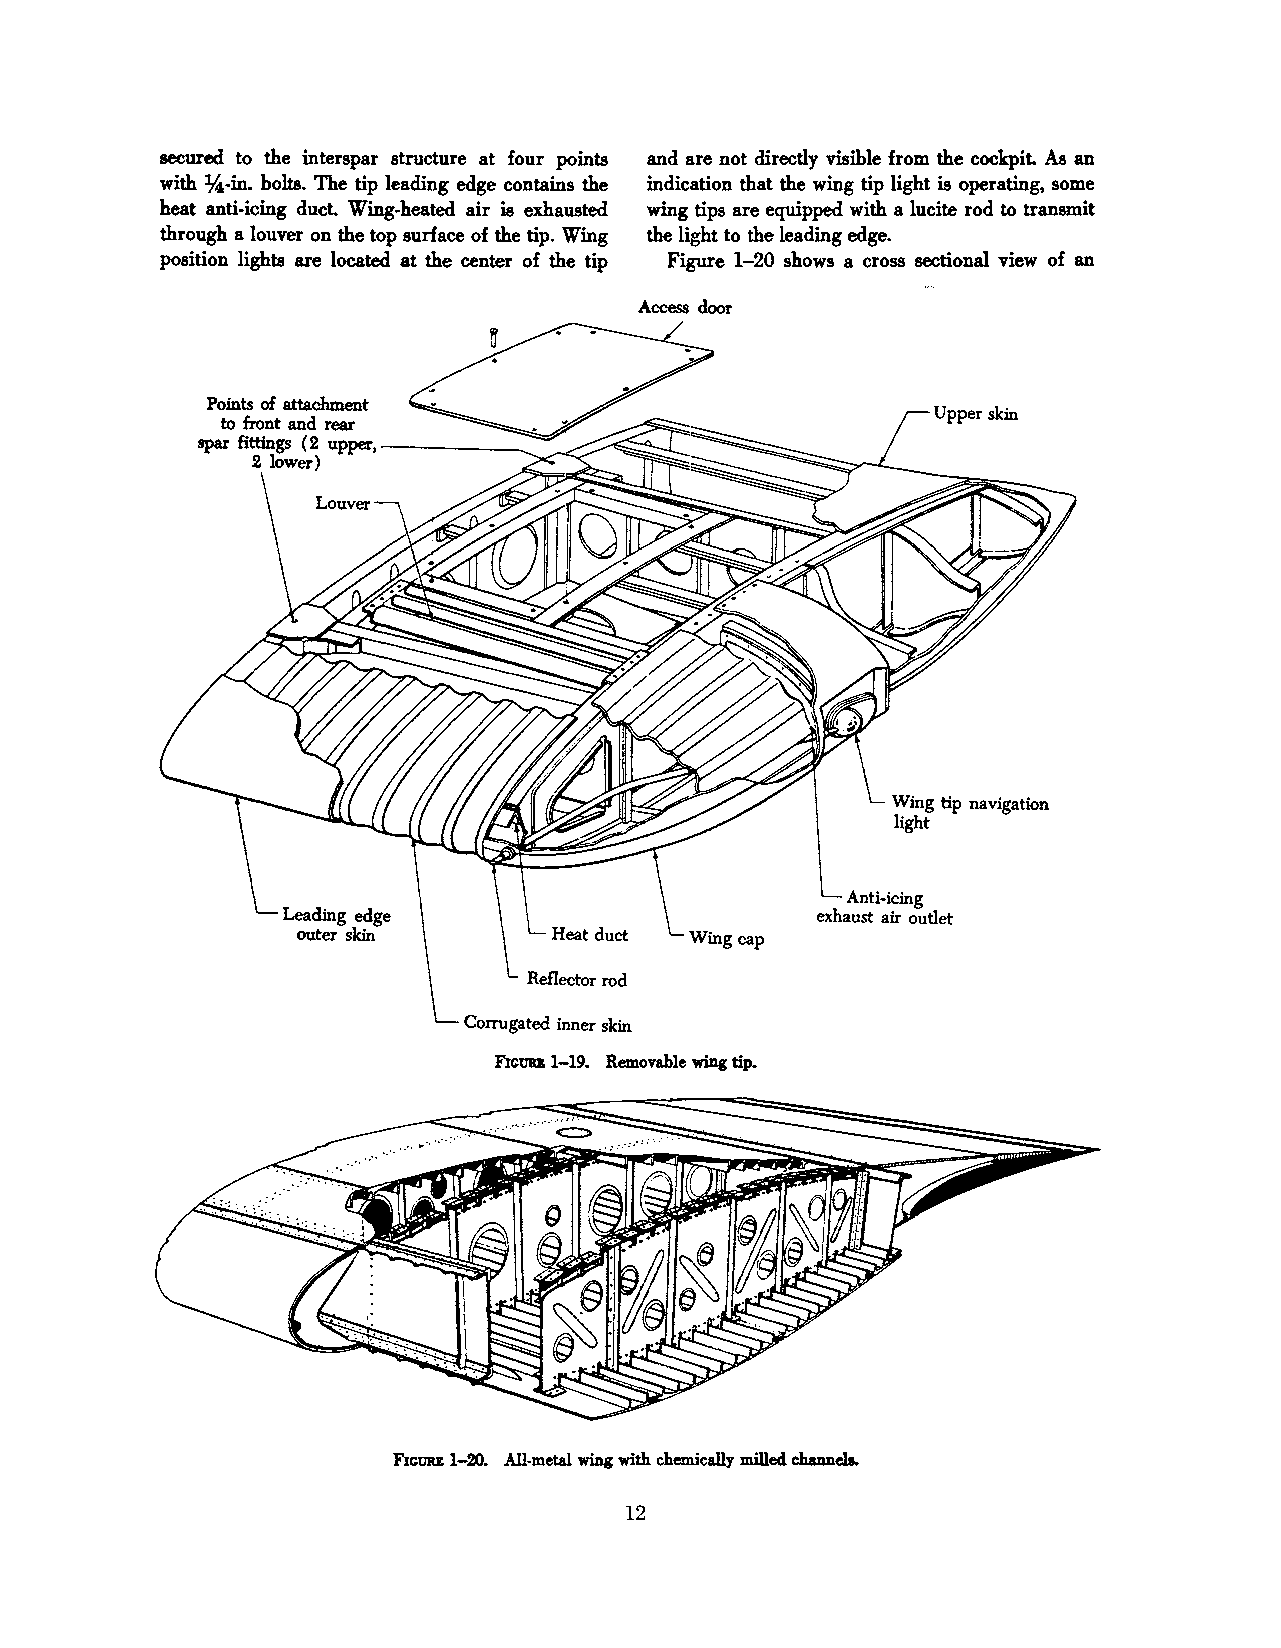
secured to the intenpar structure at four points and are not directly visible from the cockpit. AB an
 with lA,-in. bolts. The tip leading edge contains the indication that the wing tip light is operating, some
 heat anti-icing duct. Wing-heated air is exhausted wing tips are equipped with a lucite rod to transmit
 through a louver on the top surface of the tip. Wing the light to the leading edge.
 position lights are located at the center of the tip Figure 1-20 shows a cross sectional view of an
 Access door
 Anti-icing
 exhaust air outlet
 Corrugated inner skin
 FxctlRB 1-19. Removable wing tip.
 FxctlRB 1-20. All-metal wing with chemically milled clwmela.
 12